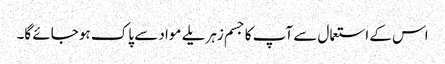
اس کے استعمال سے آپ کا جسم زہریلے مواد سے پاک ہو جائے گا۔